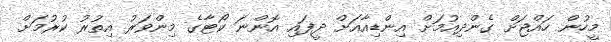
މީހުން ހައްޖަށް ގެންދިއުމަށް އިންޑިއާއަށް ދީފައި އޮންނަ ކޯޓާގެ މިންވަރު އިތުރު ކުރުމަށް